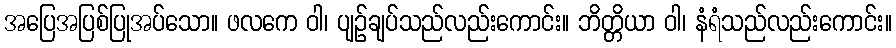
အပြေအပြစ်ပြုအပ်သော။ ဖလကေ ဝါ၊ ပျဉ်ချပ်သည်လည်းကောင်း။ ဘိတ္တိယာ ဝါ၊ နံရံသည်လည်းကောင်း။